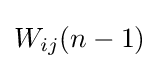
W_{ij}(n-1)